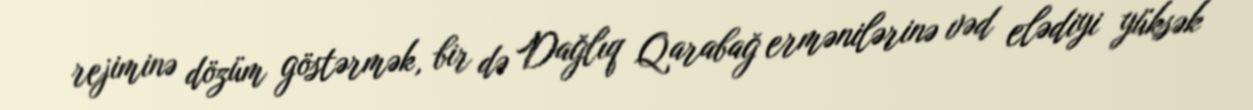
rejiminə dözüm göstərmək, bir də Dağlıq Qarabağ ermənilərinə vəd elədiyi yüksək